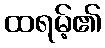
ထရမ့်၏